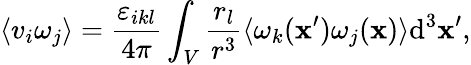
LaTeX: \langle v_{i}\omega_{j}\rangle=\frac{\varepsilon_{ikl}}{4\pi}\int_{V}\frac{r_{l}}{r^{3}}\langle\omega_{k}(\mathbf{x}^{\prime})\omega_{j}(\mathbf{x})\rangle\mathrm{d}^{3}\mathbf{x}^{\prime},